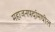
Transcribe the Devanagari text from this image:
महाजनपदांमधील